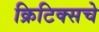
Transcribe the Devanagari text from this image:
क्रिटिक्सचे